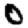
Digit: 0